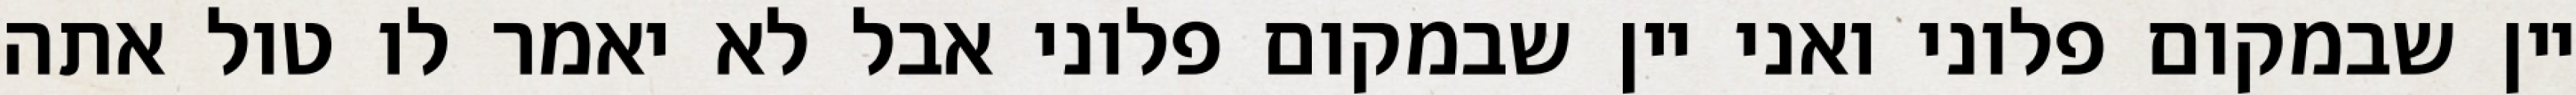
יין שבמקום פלוני ואני יין שבמקום פלוני אבל לא יאמר לו טול אתה